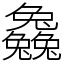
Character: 𠓗